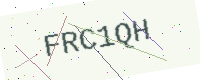
Text: FRC1QH